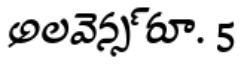
అలవెన్స్ రూ. 5